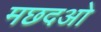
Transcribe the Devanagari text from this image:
मछदओ